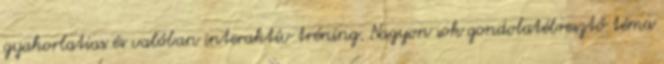
gyakorlatias és valóban interaktív tréning. Nagyon sok gondolatébresztő téma